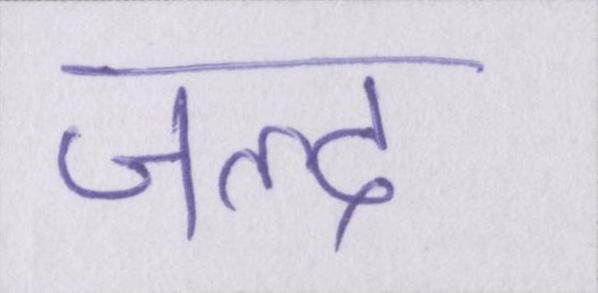
जल्द